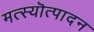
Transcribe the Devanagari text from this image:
मत्स्यॊत्पादन